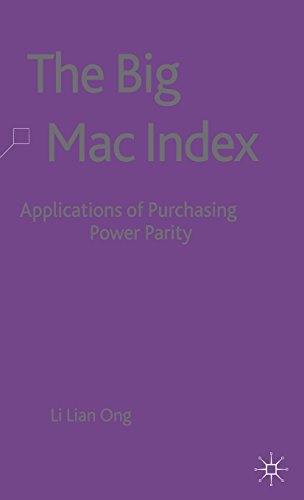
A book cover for The Big Mac Index: Applications of Purchasing Power Parity; Li Lian Ong; Business & Money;